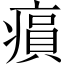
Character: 𤸫